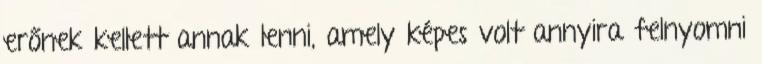
erőnek kellett annak lenni, amely képes volt annyira felnyomni